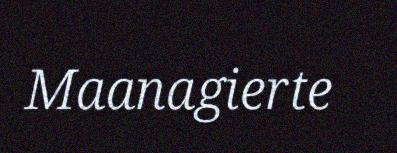
Maanagierte